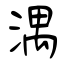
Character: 湡